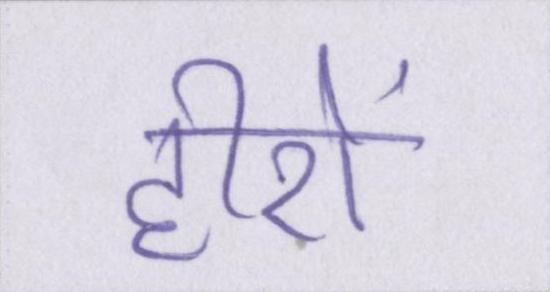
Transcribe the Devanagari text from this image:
हीरों